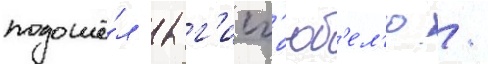
подошё́л к г'исг'юб'ел'ю /